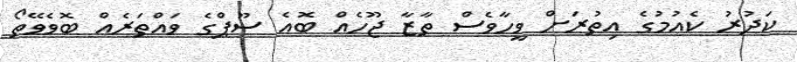
ކަދުރު ކެއުމުގެ އިތުރަށް ވީހާވެސް ތާޒާ ޖޫހެއް ބޮއެ ސޫޕްގެ ވައްތަރެއް ބޮވެވޭތޯ